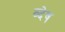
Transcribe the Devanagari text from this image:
व्देष